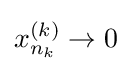
x_{n_{k}}^{(k)}\to 0